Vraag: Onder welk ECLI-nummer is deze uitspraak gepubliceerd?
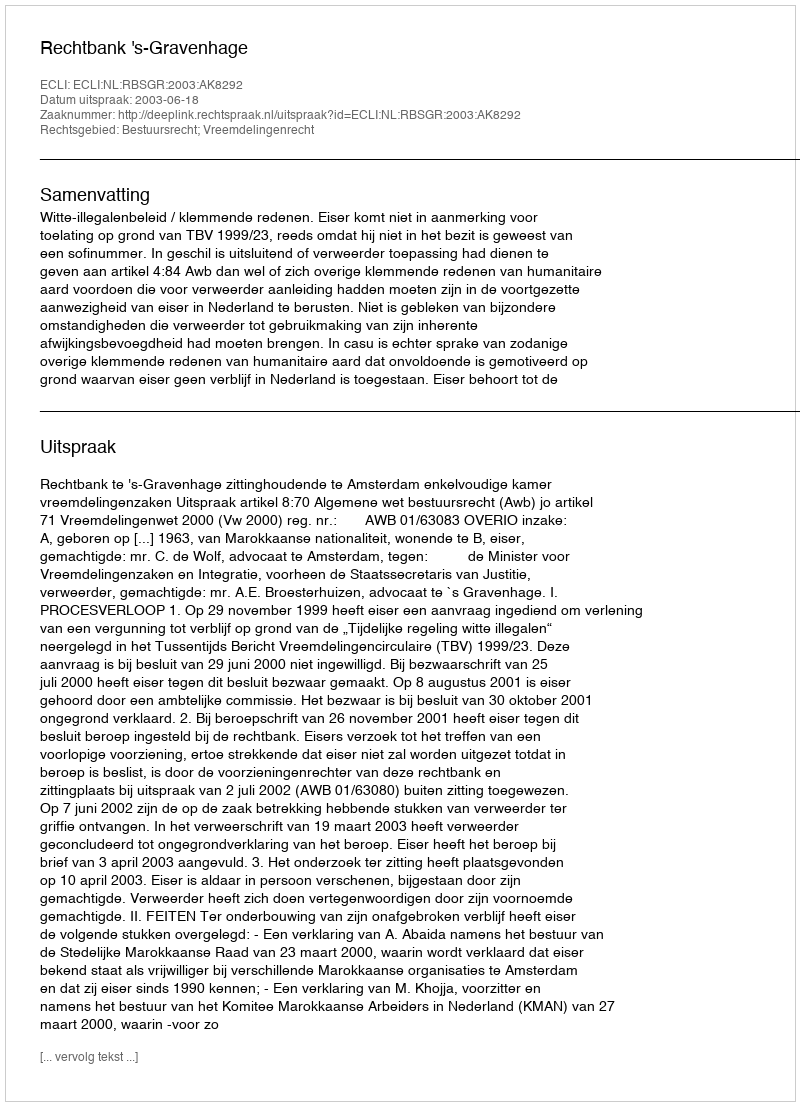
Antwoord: ECLI:NL:RBSGR:2003:AK8292